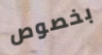
بخصوص